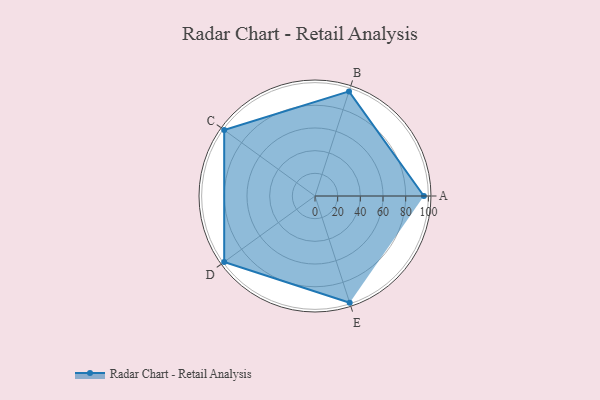
{"axis": {"x": "Skill", "y": "Score"}, "legend": ["Profile"], "data": [{"x": "A", "y": 96.0, "type": "Profile"}, {"x": "B", "y": 97.0, "type": "Profile"}, {"x": "C", "y": 99, "type": "Profile"}, {"x": "D", "y": 99, "type": "Profile"}, {"x": "E", "y": 99, "type": "Profile"}]}